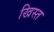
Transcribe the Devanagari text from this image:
खिस्‍त